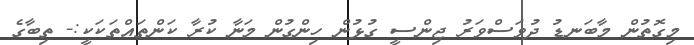
މިގޮތުން މާބަނޑު ދުވަސްވަރު ޖިންސީ ގުޅުން ހިންގުން މަނާ ކުރާ ކަންތައްތަކަކީ:- ތިބާގެ